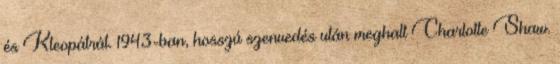
és Kleopátrát. 1943-ban, hosszú szenvedés után meghalt Charlotte Shaw.